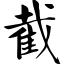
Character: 截